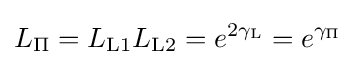
L_{\mathrm {\Pi } }=L_{\mathrm {L1} }L_{\mathrm {L2} }=e^{2\gamma _{\mathrm {L} }}=e^{\gamma _{\mathrm {\Pi } }}